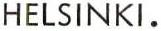
HELSINKI.